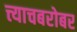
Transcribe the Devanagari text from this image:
त्त्याचबरोबर